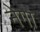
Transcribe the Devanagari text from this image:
नेगा